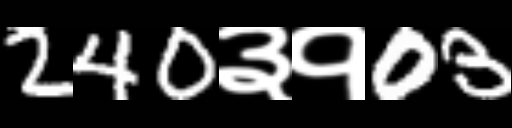
Text: 240३१03